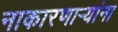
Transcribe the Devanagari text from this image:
नाकारणार्‍यांना